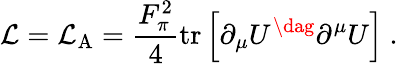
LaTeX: {\cal L}={\cal L}_{\mathrm{A}}=\frac{F_{\pi}^{2}}{4}\mathrm{tr}\left[\partial_{\mu}U^{\dag}\partial^{\mu}U\right]\ .